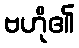
ဗဟို၏